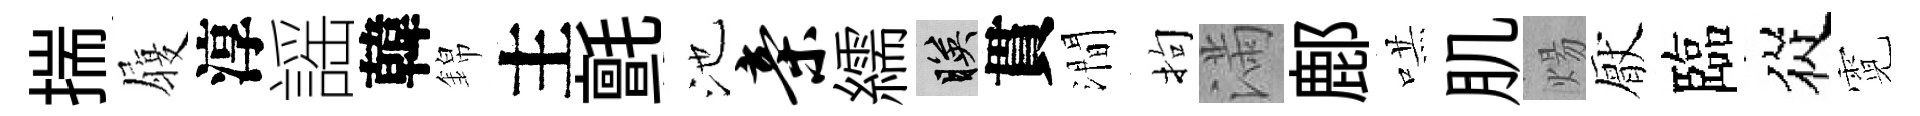
揣履淳謡韓錦主氈池亲繻映貫澗拘滿鄜哄肌煬厭臨從霓